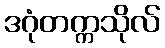
ဒဂုံတက္ကသိုလ်